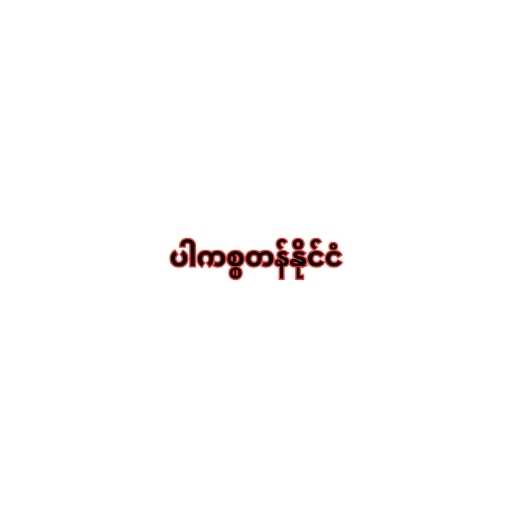
ပါကစ္စတန်နိုင်ငံ